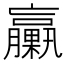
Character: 臝